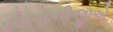
સોગાનીજીએ